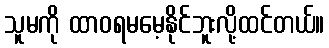
သူမကို ထာဝရမမေ့နိုင်ဘူးလို့ထင်တယ်။